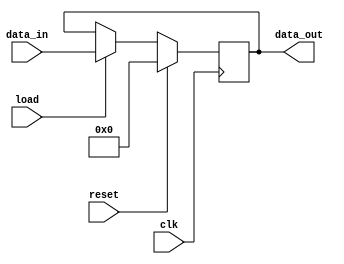
module input_register
  (
    input  wire        clk,
    input  wire        reset,
    input  wire [63:0] data_in,
    input  wire        load,
    output reg  [63:0] data_out
  );


always @(posedge clk)
  if (reset)
    data_out<= 64'b0;
  else
    if (load == 1'b1)
      data_out<= data_in;


endmodule